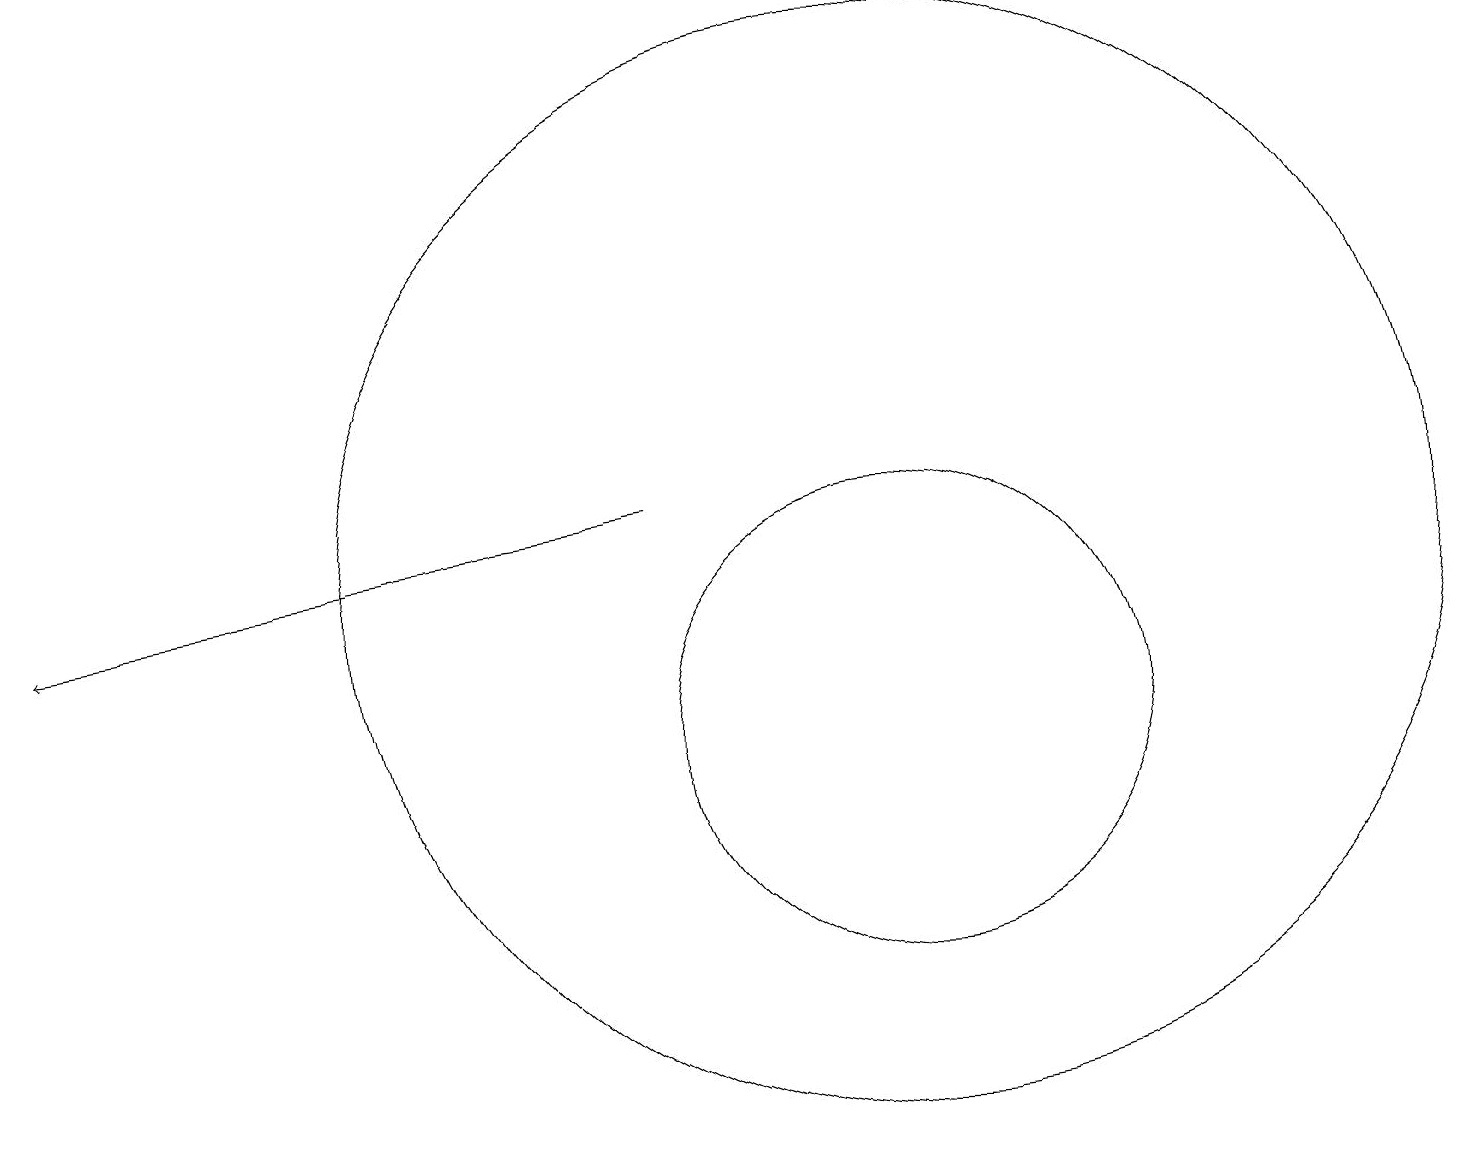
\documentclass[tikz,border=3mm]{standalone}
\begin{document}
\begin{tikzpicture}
\draw (11,10) circle (3);
\draw (11,12) circle (7);
\draw (10,10) circle (0);
\draw[->] (8,13) -- (0,12);
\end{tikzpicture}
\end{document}